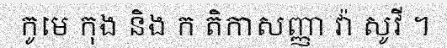
កូមេ កុង និង ក តិកាសញ្ញា វ៉ា សូវី ។